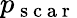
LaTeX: p_{\mathrm{~s~c~a~r~}}